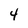
Character: 4